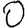
Digit: 0